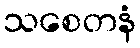
သစေတနံ